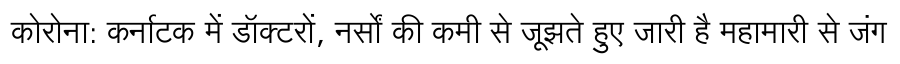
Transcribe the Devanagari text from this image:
कोरोना: कर्नाटक में डॉक्टरों, नर्सों की कमी से जूझते हुए जारी है महामारी से जंग